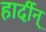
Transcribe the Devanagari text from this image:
हार्दीन्